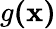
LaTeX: g\mathbf{(x)}